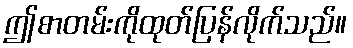
ဤစာတမ်းကိုထုတ်ပြန်လိုက်သည်။